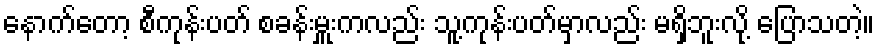
နောက်တော့ စီကုန်းပတ် စခန်းမှူးကလည်း သူ့ကုန်းပတ်မှာလည်း မရှိဘူးလို့ ပြောသတဲ့။